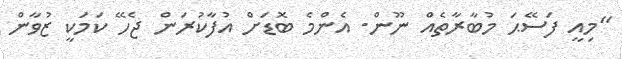
"މިއީ ފަސޭޙަ މުބާރާތެއް ނޫން. އެންމެ ބޮޑަށް އުފާކުރަން ޖެހޭ ކަމަކީ ޒުވާން